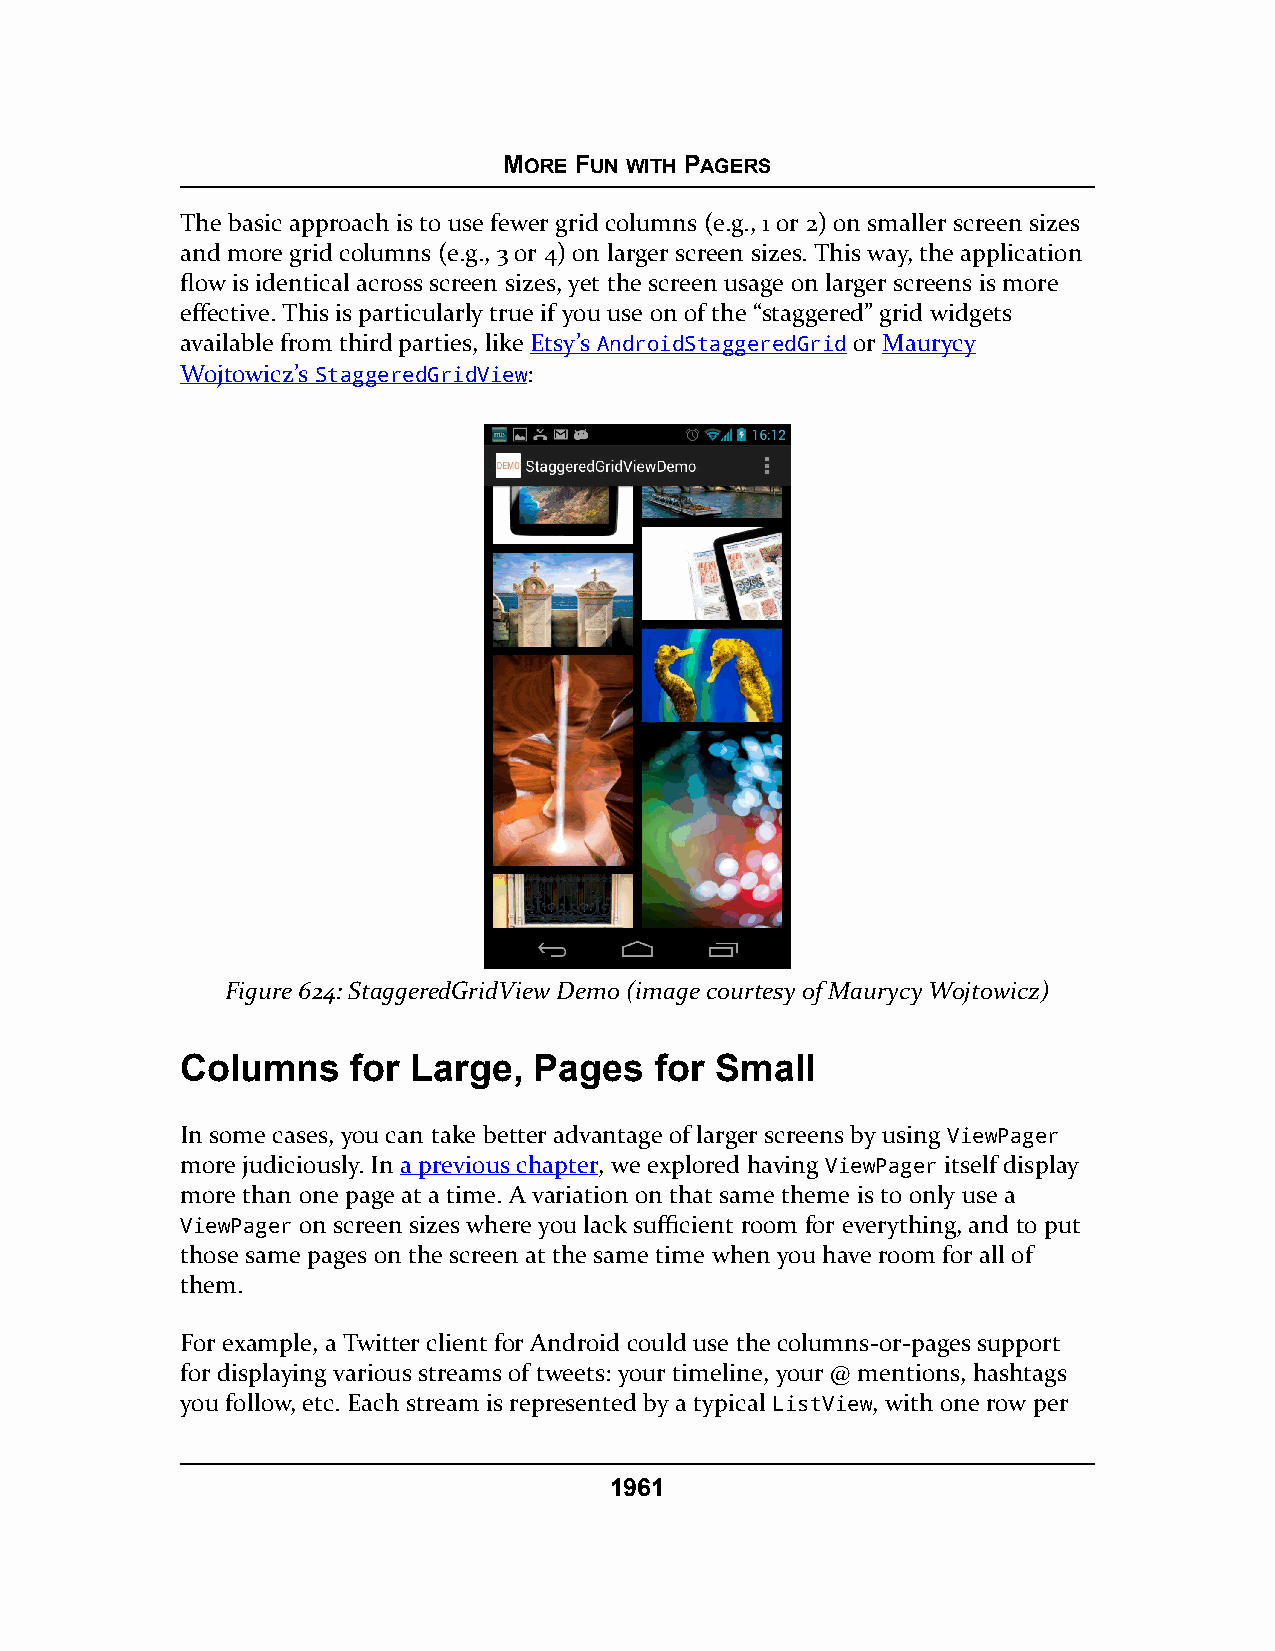
MORE FUN WITH PAGERS
 The basic approach is to use fewer grid columns (e.g., 1 or 2) on smaller screen sizes
 and more grid columns (e.g., 3 or 4) on larger screen sizes. This way, the application
 flow is identical across screen sizes, yet the screen usage on larger screens is more
 effective. This is particularly true if you use on of the “staggered” grid widgets
 available from third parties, like Etsy’s AndroidStaggeredGrid or Maurycy
 Wojtowicz’s StaggeredGridView:
 Figure 624: StaggeredGridView Demo (image courtesy of Maurycy Wojtowicz)
 Columns    for Large,  Pages   for Small
 In some cases, you can take better advantage of larger screens by using ViewPager
 more judiciously. In a previous chapter, we explored having ViewPager itself display
 more than one page at a time. A variation on that same theme is to only use a
 ViewPager on screen sizes where you lack sufficient room for everything, and to put
 those same pages on the screen at the same time when you have room for all of
 them.
 For example, a Twitter client for Android could use the columns-or-pages support
 for displaying various streams of tweets: your timeline, your @ mentions, hashtags
 you follow, etc. Each stream is represented by a typical ListView, with one row per
 1961